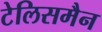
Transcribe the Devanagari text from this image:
टेलिसमैन